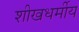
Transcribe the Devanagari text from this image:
शीखधर्मीय